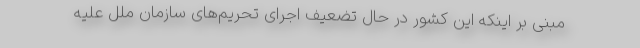
مبنی بر اینکه این کشور در حال تضعیف اجرای تحریم‌های سازمان ملل علیه